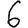
Digit: 6